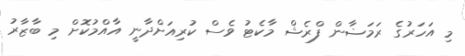
މި އަހަރުގެ ރަމަޟާން ފްރެޝް މާކެޓު ވެސް ކުރިއަށްދާނީ އާއްމުކޮށް މި ބާޒާރު